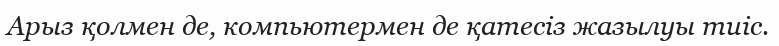
Арыз қолмен де, компьютермен де қатесіз жазылуы тиіс.